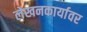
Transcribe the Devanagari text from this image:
लेखनकार्यावर